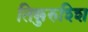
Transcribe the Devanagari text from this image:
तिक्कुरुश्शि